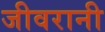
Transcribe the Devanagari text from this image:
जीवरानी